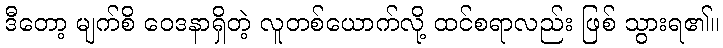
ဒီတော့ မျက်စိ ဝေဒနာရှိတဲ့ လူတစ်ယောက်လို့ ထင်စရာလည်း ဖြစ် သွားရ၏။